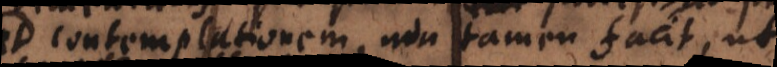
ad contemplationem, non tamen facit, ut